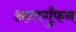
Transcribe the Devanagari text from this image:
अन्तर्गुंफन